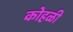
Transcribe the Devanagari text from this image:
कोहळी